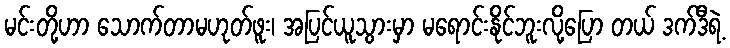
မင်းတို့ဟာ သောက်တာမဟုတ်ဖူး၊ အပြင်ယူသွားမှာ မရောင်းနိုင်ဘူးလို့ပြော တယ် ဒက်ဒီရဲ့